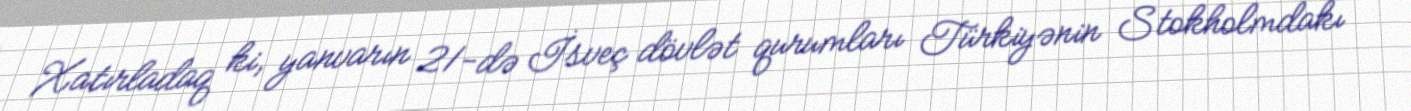
Xatırladaq ki, yanvarın 21-də İsveç dövlət qurumları Türkiyənin Stokholmdakı